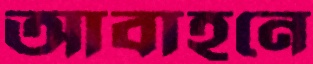
আবাহনে